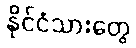
နိုင်ငံသားတွေ